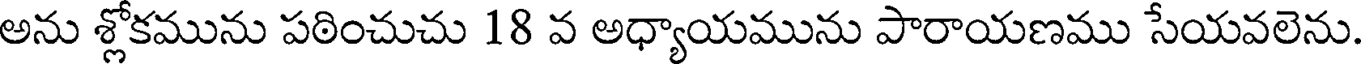
అను శ్లోకమును పఠించుచు 18 వ అధ్యాయమును పారాయణము సేయవలెను.